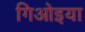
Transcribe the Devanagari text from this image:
गिओइया